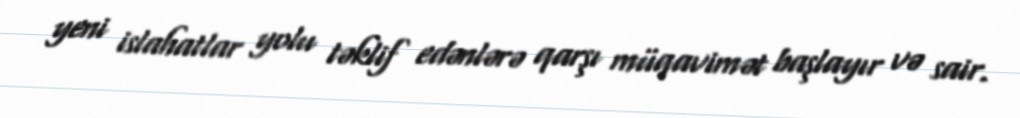
yeni islahatlar yolu təklif edənlərə qarşı müqavimət başlayır və sair.